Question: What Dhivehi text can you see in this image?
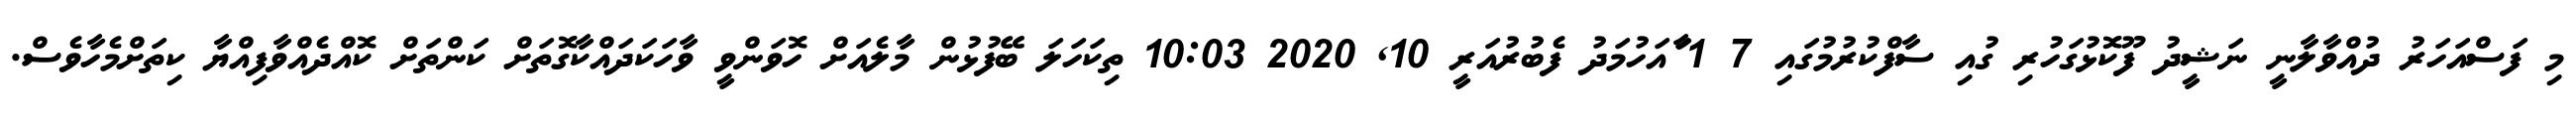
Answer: މި ފަސްއަހަރު ދުއްވާލާނީ ނަޝީދު ފޫކޮޅުގަހުރި ގުއި ސާފްކުރުމުގައި 7 1 ާައަހުމަދު ފެބުރުއަރީ 10, 2020 10:03 ތިކަހަލަ ބޭފުޅުން މާލެއަށް ހޮވަންވީ ވާހަކަދައްކާގޮތަށް ކަންތަށް ކޮއްދެއްވާފިއްޔާ ކިތަށްމެހާވެސް.